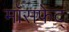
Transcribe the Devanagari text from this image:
मॉसफेट्